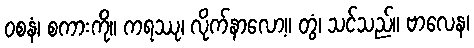
ဝစနံ၊ စကားကို။ ကရဿု၊ လိုက်နာလော့။ တွံ၊ သင်သည်။ ဗာလေန၊